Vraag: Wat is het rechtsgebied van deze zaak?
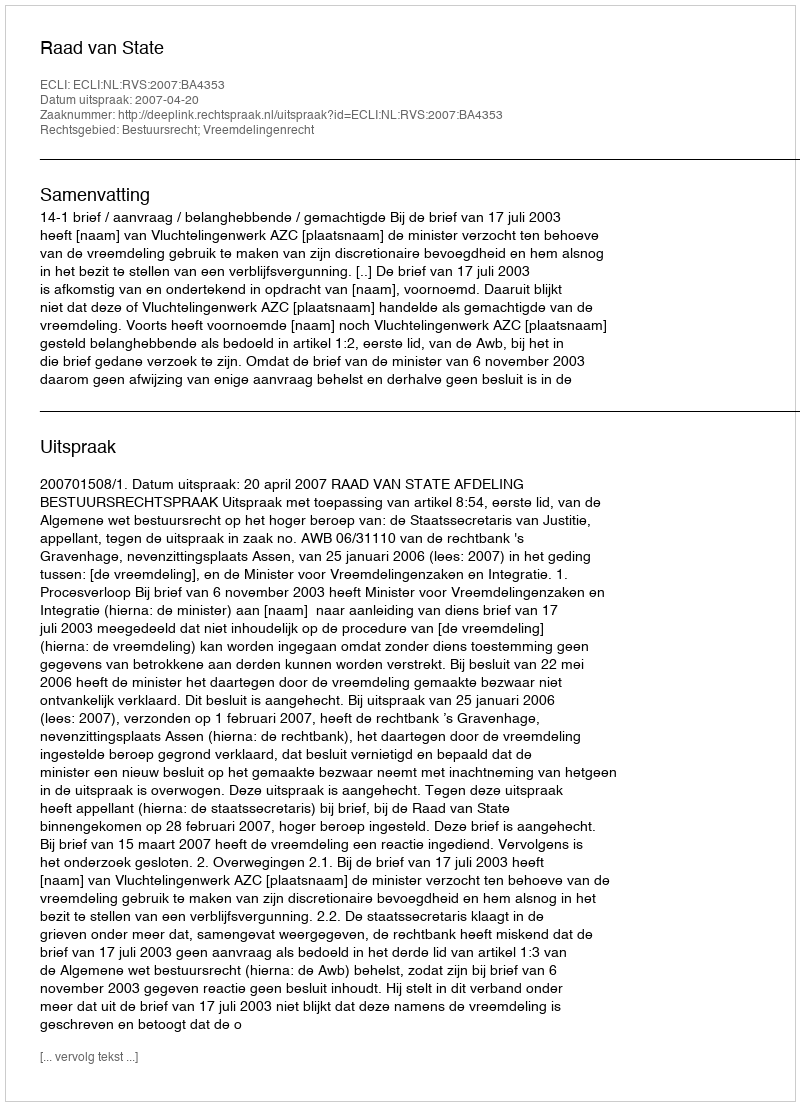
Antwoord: Bestuursrecht; Vreemdelingenrecht